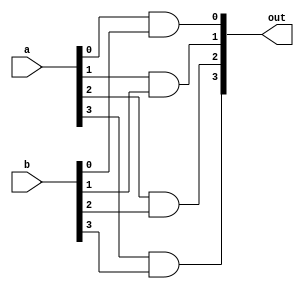
module _4bit_and(a, b, out);

input [3:0] a, b;
output [3:0] out;

and and1(out[0], a[0], b[0]);
and and2(out[1], a[1], b[1]);
and and3(out[2], a[2], b[2]);
and and4(out[3], a[3], b[3]);

endmodule


module _16bit_and(a, b, out);

input [15:0] a, b;
output [15:0] out;

_4bit_and and1( a[3:0], b[3:0], out[3:0]);
_4bit_and and2(a[7:4], b[7:4], out[7:4]);
_4bit_and and3(a[11:8], b[11:8], out[11:8]);
_4bit_and and4(a[15:12], b[15:12], out[15:12]);

endmodule

module _32bit_and(a, b, out);

input [31:0] a, b;
output [31:0] out;

_16bit_and and1(a[15:0], b[15:0], out[15:0]);
_16bit_and and2(a[31:16], b[31:16], out[31:16]);

endmodule